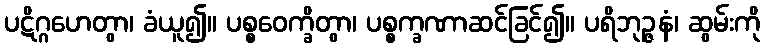
ပဋိဂ္ဂဟေတွာ၊ ခံယူ၍။ ပစ္စဝေက္ခိတွာ၊ ပစ္စက္ခဏာဆင်ခြင်၍။ ပရိဘုဉ္ဇနံ၊ ဆွမ်းကို